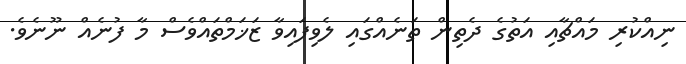
ނިއްކުރި މައްޗާއި އަތުގެ ދެތިން ތަނެއްގައި ލެވިފައިވާ ޒަޚަމްތައްވެސް މާ ފުނެއް ނޫނެވެ.